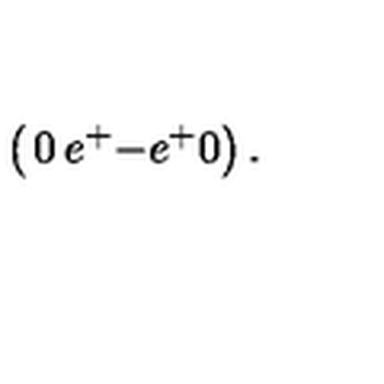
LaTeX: \left( \begin{matrix} { 0 } & { e ^ { + } } \\ { - e ^ { + } } & { 0 } \\ \end{matrix} \right) .